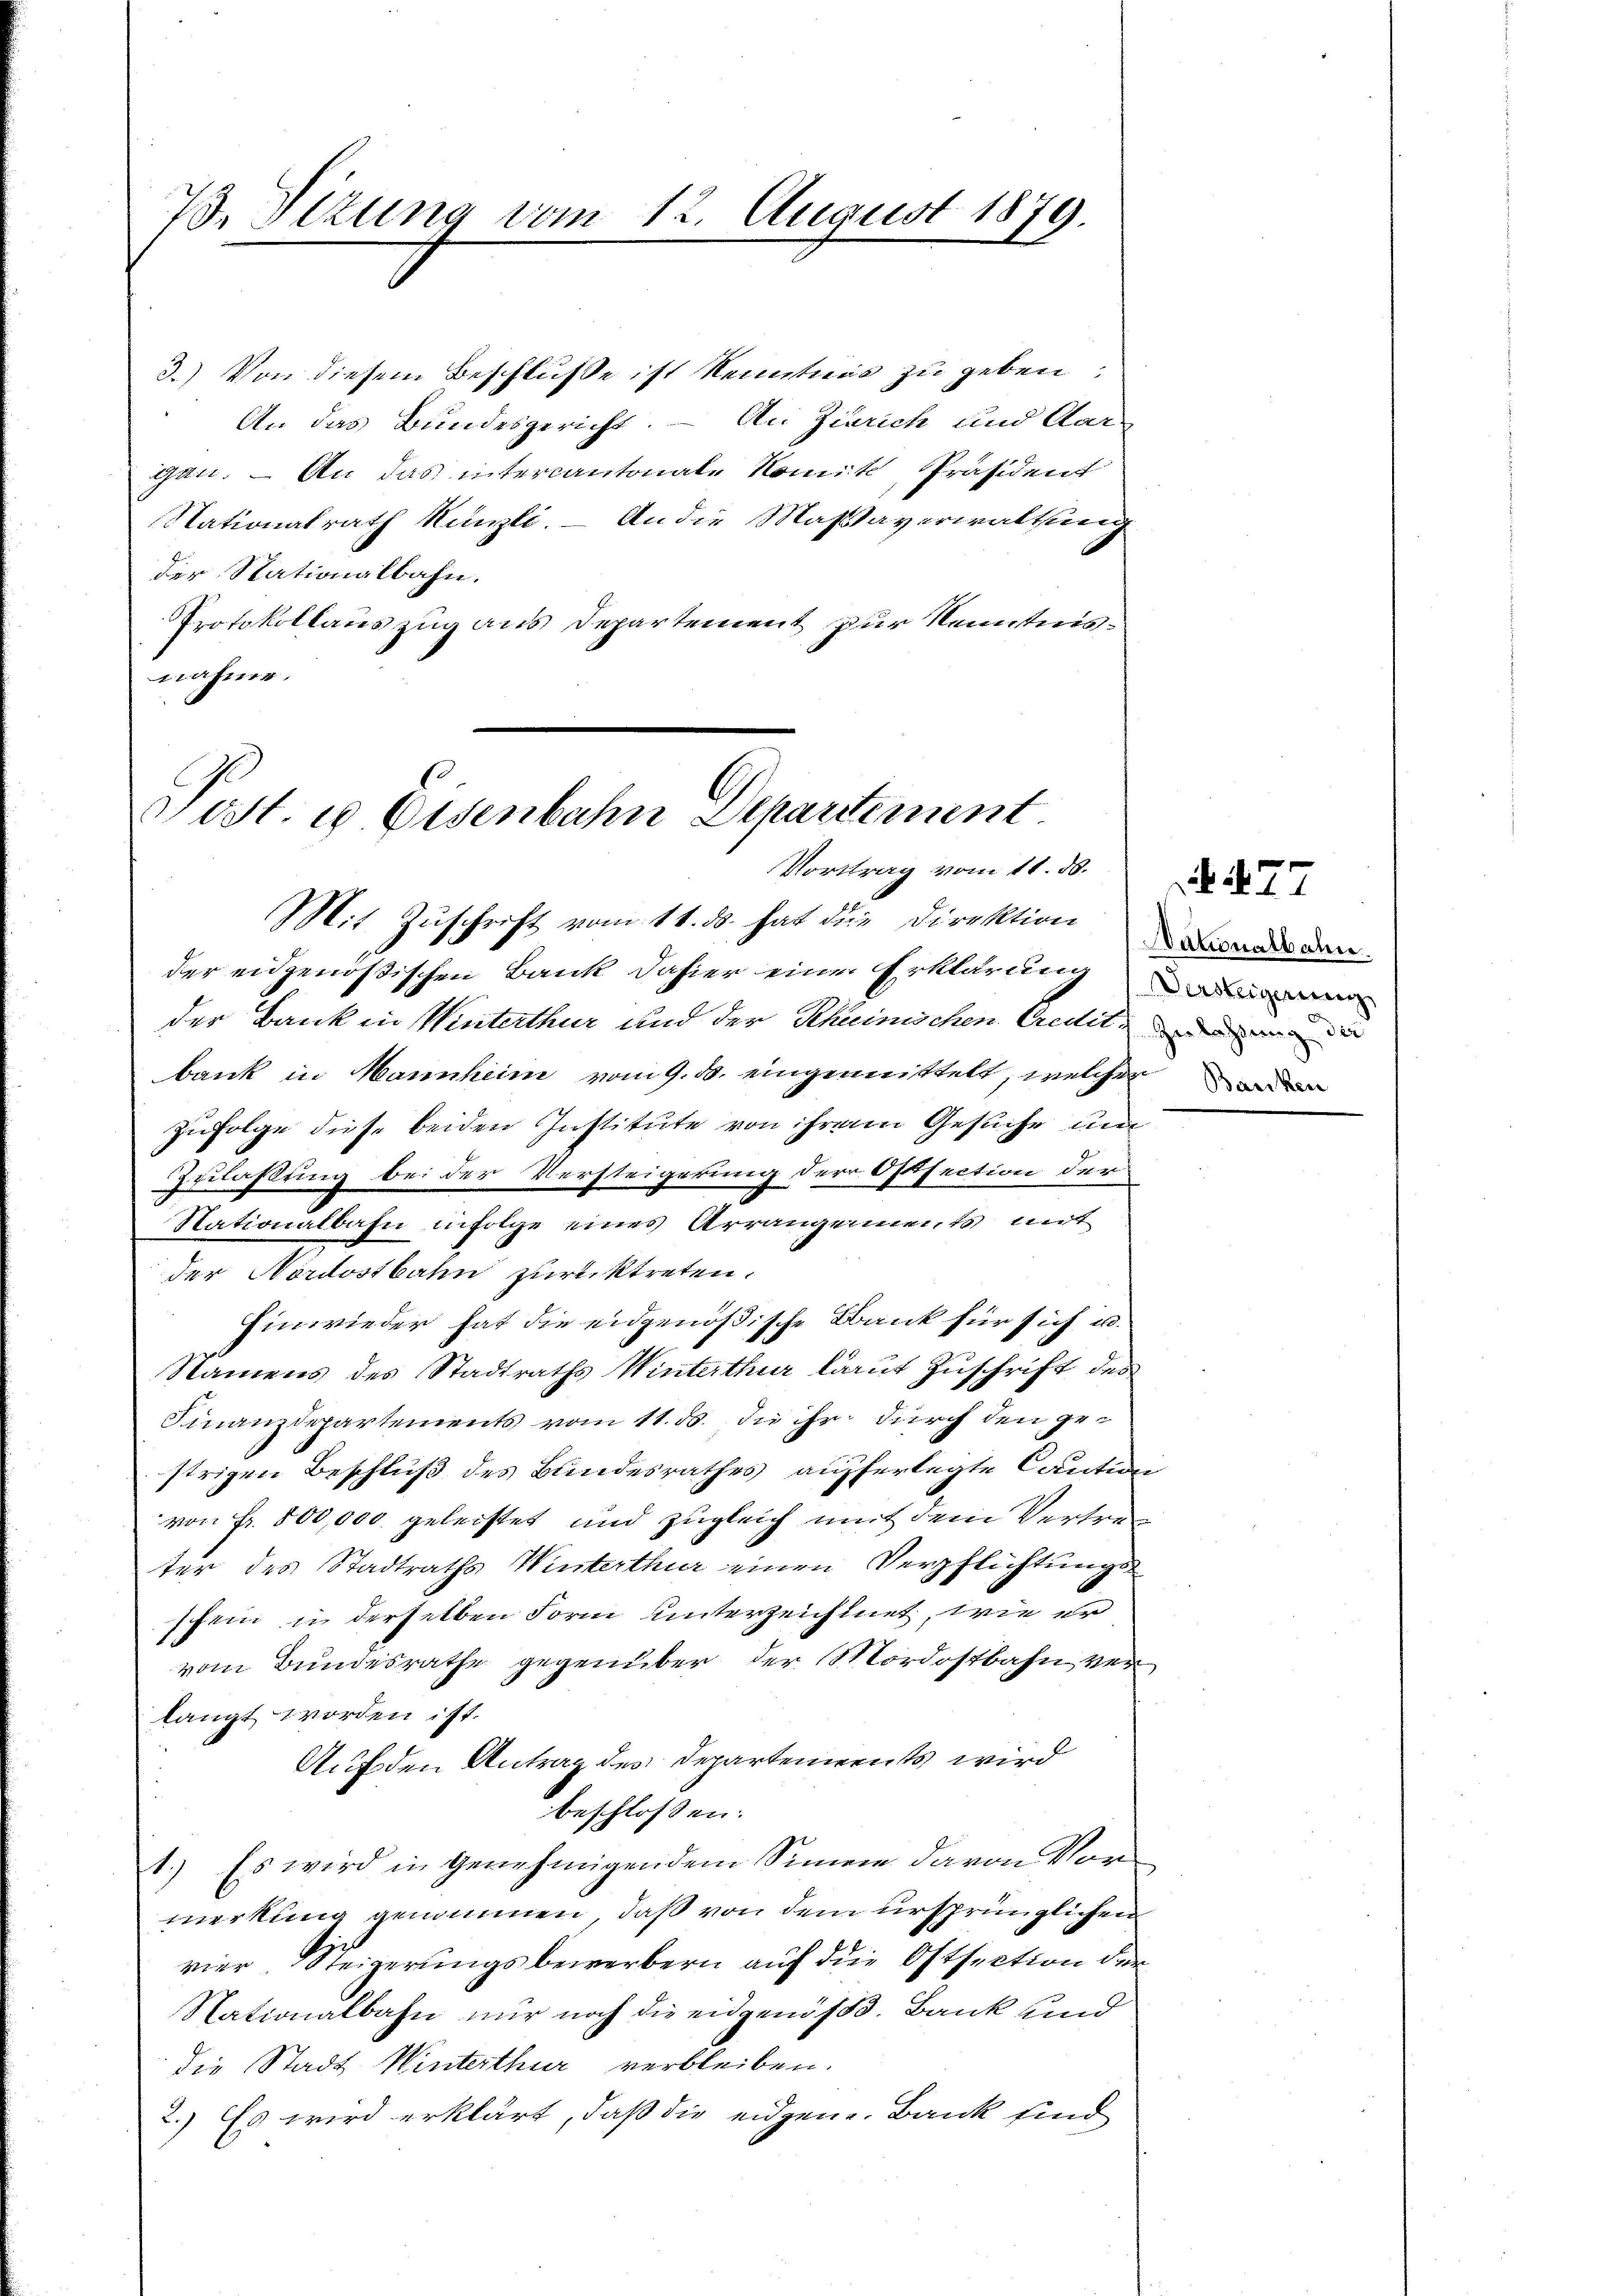
7. Ottung vom 12. August 1879.

3.) Von diesem Beschluße ist kenntnis zu geben,
An das Bundesgericht. – An Zürich und Aar-
gan. – An das intercantonale Nomit, Präsident
Nationalrath Künzli. – An die Maßaverwaltung
der Stationalbahn.
Protokollauszug aus Departement zur Kenntnisnahme.
der eidgenößischen Bank dahier einer Erklärung
der Bank in Winterthur und der Schreinischen Credit, die
bank in Mannheim vom 9. ds. eingemittelt, welcher
zufolge diese beiden Institute von ihrem Gesuche um
Zulaßung bei der Versteigerung der Ostsection der
Nationalbahn infolge eines Arrangements mit
der Nordostbahn zurücktreten.
Einwieder hat die eidgenößische Bank für sich u.
Namens des Stadtraths Winterthur laut Zuschrift des
Finanzdepartements vom 11. ds. In ihr durch den gestrigen Beschluß des Bundesrathes aufferlegte Caution
von Fr. 500,000 geleistet und zugleich mit dem Vertreter des Stadtraths Winterthur einen Verpflichtungsschein in derselben Form unterzeichnet, wie er
vom Bundesrathe gegenüber der Mordostbahn ver
langt worden ist.
Auf den Antrag des Departements wird
beschloßen:
1.) Es wird in genehmigendem Sinne davon Vormerkung genommen, daß von dem ursprünglichen
vier Steigerungsbewerbern auf die Ostsection der
Nationalbahn nur noch die eidgenös. Bank und
die Stadt Winterthur verbleiben.
2.) Es wird erklärt, daß die eidgen. Bank sind

Post. u. Eisenbahn Departement.
Vortrag vom 11. ds.
Mit Zuschrift vom 11. ds. hat die Direktion anderen

77